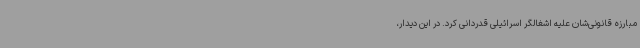
مبارزه قانونی‌شان علیه اشغالگر اسرائیلی قدردانی کرد. در این دیدار،